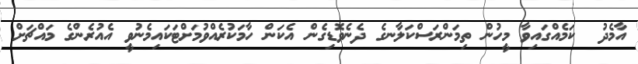
އާމެދު  ކަމެއްގައިވާ މީހުން ތިމަންރަސްކަލާނގެ ދެނެވޮޑިގެން އެކަން ހާމަކުރެއްވުމަށްޓަކައިމެނުވީ އެއުރެންގެ މައްޗަށް